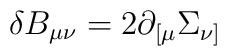
\delta B_{\mu\nu} = 2 \partial_{[\mu} \Sigma_{\nu]}\,